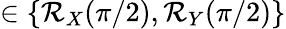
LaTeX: \in\{ \mathcal{R}_{X}(\pi/2),\mathcal{R}_{Y}(\pi/2)\}